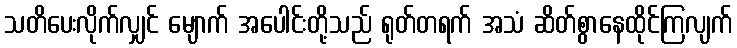
သတိပေးလိုက်လျှင် မျောက် အပေါင်းတို့သည် ရုတ်တရက် အသံ ဆိတ်စွာနေထိုင်ကြလျက်